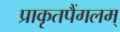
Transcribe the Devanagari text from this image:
प्राकृतपैंगलम्